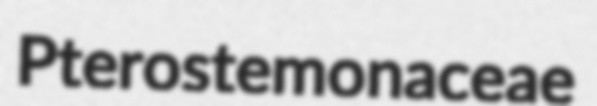
Pterostemonaceae